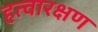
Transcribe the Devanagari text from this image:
हत्वारक्षण